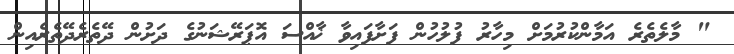
" މާލެތެރެ އަމާންކުރުމަށް މިހާރު ފުލުހުން ފަށާފައިވާ ޚާއްސަ އޮޕަރޭޝަނުގެ ދަށުން ދޭތެރެދޭތެރެއިން